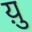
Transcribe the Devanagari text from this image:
य़ु